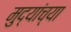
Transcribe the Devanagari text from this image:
मुद्यांच्या